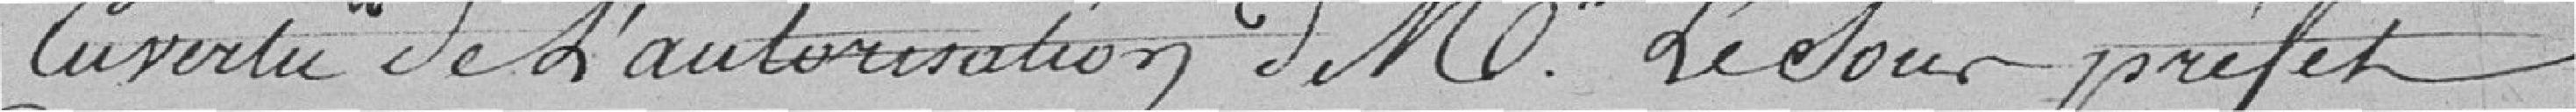
en vertu de l'autorisation de M. le Sous-Préfet